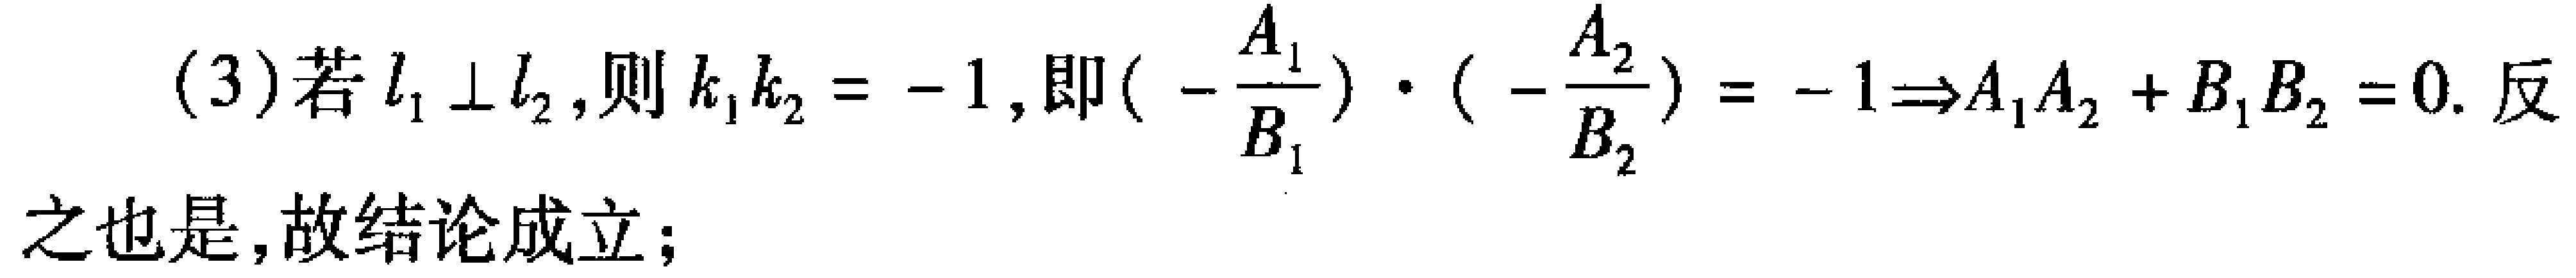
(3)若\(l_{1}\perp l_{2}\)，则\(k_{1}k_{2} = - 1\)，即\((-\frac{A_{1}}{B_{1}})\cdot(-\frac{A_{2}}{B_{2}})= - 1\Rightarrow A_{1}A_{2}+B_{1}B_{2}=0\). 反之也是，故结论成立；